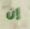
إن